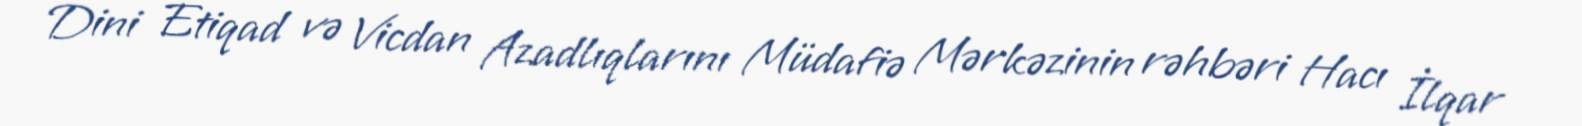
Dini Etiqad və Vicdan Azadlıqlarını Müdafiə Mərkəzinin rəhbəri Hacı İlqar